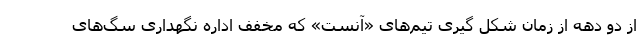
از دو دهه از زمان شکل گیری تیم‌های «آنست» که مخفف اداره نگهداری سگ‌های